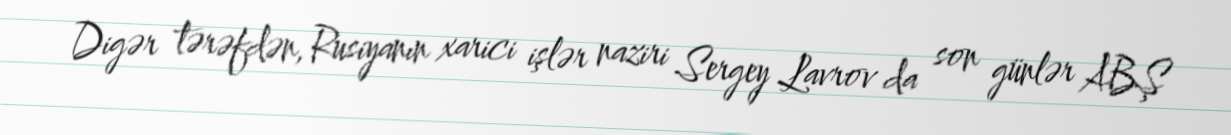
Digər tərəfdən, Rusiyanın xarici işlər naziri Sergey Lavrov da son günlər ABŞ